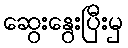
ဆွေးနွေးပြီးမှ